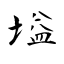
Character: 塧